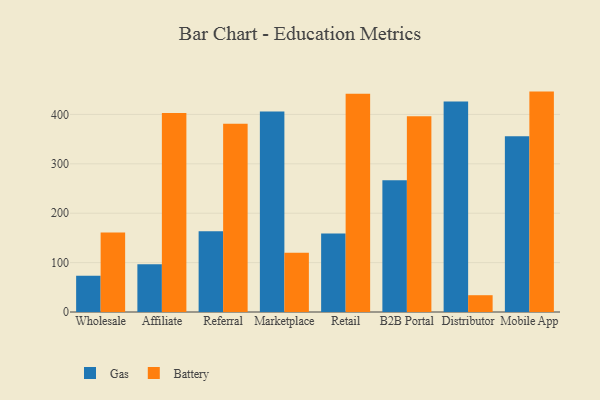
{"axis": {"x": "Channel", "y": "Shipments"}, "legend": ["Battery", "Gas"], "data": [{"x": "Wholesale", "y": 73.2, "type": "Gas"}, {"x": "Wholesale", "y": 161.0, "type": "Battery"}, {"x": "Affiliate", "y": 96.9, "type": "Gas"}, {"x": "Affiliate", "y": 403.0, "type": "Battery"}, {"x": "Referral", "y": 163.3, "type": "Gas"}, {"x": "Referral", "y": 381.2, "type": "Battery"}, {"x": "Marketplace", "y": 405.9, "type": "Gas"}, {"x": "Marketplace", "y": 119.7, "type": "Battery"}, {"x": "Retail", "y": 159.1, "type": "Gas"}, {"x": "Retail", "y": 441.7, "type": "Battery"}, {"x": "B2B Portal", "y": 266.6, "type": "Gas"}, {"x": "B2B Portal", "y": 396.5, "type": "Battery"}, {"x": "Distributor", "y": 426.2, "type": "Gas"}, {"x": "Distributor", "y": 34.0, "type": "Battery"}, {"x": "Mobile App", "y": 355.7, "type": "Gas"}, {"x": "Mobile App", "y": 446.2, "type": "Battery"}]}